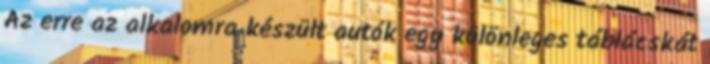
Az erre az alkalomra készült autók egy különleges táblácskát